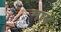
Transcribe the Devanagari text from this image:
मास्र